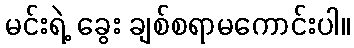
မင်းရဲ့ ခွေး ချစ်စရာမကောင်းပါ။